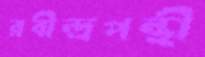
রবীন্দ্রপন্থী